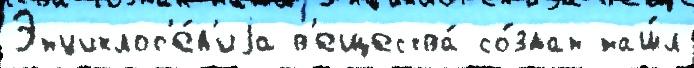
Энциклоп'е́д'иjа в'ещества́ со́здан наш́л